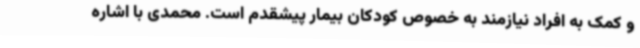
و کمک به افراد نیازمند به خصوص کودکان بیمار پیشقدم است. محمدی با اشاره